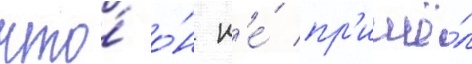
что́ о́н н'е́ пр'ишё́л